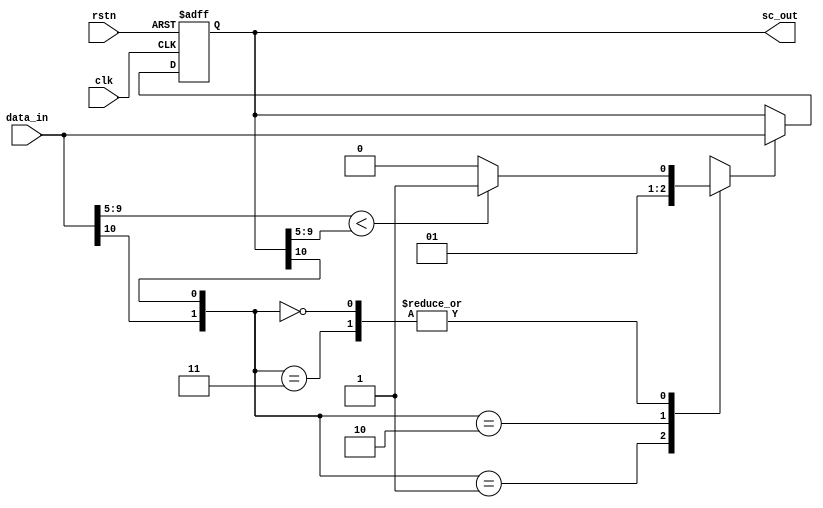
`timescale 1ns / 1ps
//////////////////////////////////////////////////////////////////////////////////
// Company: 
// Engineer: 
// 
// Design Name: 
// Module Name: serialComp
// Project Name: 
// Target Devices: 
// Tool Versions: 
// Description: 
// 
// Dependencies: 
// 
// Revision:
// Revision 0.01 - File Created
// Additional Comments:
// 
//////////////////////////////////////////////////////////////////////////////////


module serialComp(clk, rstn, data_in, sc_out);
    input clk,rstn;
    input [10:0] data_in;
    output reg [10:0] sc_out;   
    reg  comp_out;
    reg [10:0] d1_data_in;
    /*  Comparator */
    always@(*) begin
        case({data_in[10], sc_out[10]})
            2'b01:begin   /* data_in : + ,  sc_out : - */
                comp_out = 0;
            end
            2'b10:begin   /* data_in : - ,  sc_out : + */
                comp_out = 1;
            end
            2'b11:begin   /* data_in : - ,  sc_out : - */
                if (data_in[9:5] < sc_out[9:5])
                    comp_out = 1;
                else
                    comp_out = 0;
            end
            2'b00:begin   /* data_in : + ,  sc_out : + */
                if (data_in[9:5] < sc_out[9:5])
                    comp_out = 1;
                else
                    comp_out = 0;
            end
            default:begin
                comp_out = 0;
            end
        endcase  
    end
    /*  Flip-flop */
    always@(posedge clk or posedge rstn) begin
        if (rstn == 1'b1) begin
            sc_out <= 11'b011_1110_0000;
        end else begin
            if (comp_out == 1)
                sc_out <= data_in;
            else
                sc_out <= sc_out;
        end
     end     
endmodule